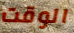
الوقت